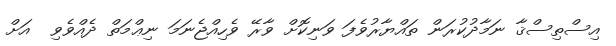
އިސްތިސްޤާ ނަމާދުކުރަން ތައްޔާރުވެފަ ވަނިކޮށް ވާރޭ ވެހިއްޖެނަމަ ނިޢްމަތް ދެއްވެވި  އަށް